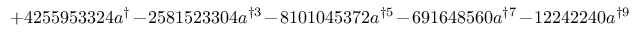
+ 4 2 5 5 9 5 3 3 2 4 a ^ { \dag } - 2 5 8 1 5 2 3 3 0 4 a ^ { \dag 3 } - 8 1 0 1 0 4 5 3 7 2 a ^ { \dag 5 } - 6 9 1 6 4 8 5 6 0 a ^ { \dag 7 } - 1 2 2 4 2 2 4 0 a ^ { \dag 9 }